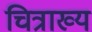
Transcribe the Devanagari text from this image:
चित्राख्य